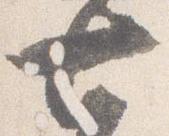
七